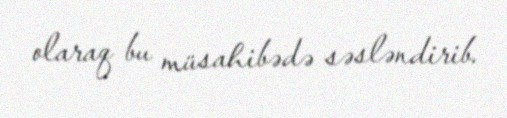
olaraq bu müsahibədə səsləndirib.